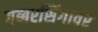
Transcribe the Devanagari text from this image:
गब्बरसिंगावर